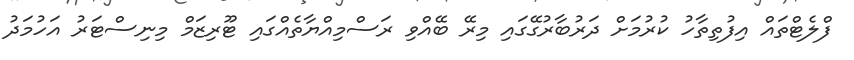
ފްލެޓްތައް އިފުތިތާހު ކުރުމަށް ދަރުބާރުގޭގައި މިރޭ ބޭއްވި ރަސްމިއްޔާތެއްގައި ޓޫރިޒަމް މިނިސްޓަރު އަހުމަދު